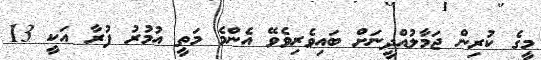
މީގެ ކުރިން ޖަމާލުއްދީނަށް ބައިވެރިވެވޭ އެންމެ މަތީ އުމުރު ފުރާ އަކީ 13